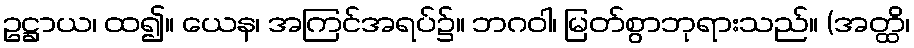
ဥဋ္ဌာယ၊ ထ၍။ ယေန၊ အကြင်အရပ်၌။ ဘဂဝါ၊ မြတ်စွာဘုရားသည်။ (အတ္ထိ၊